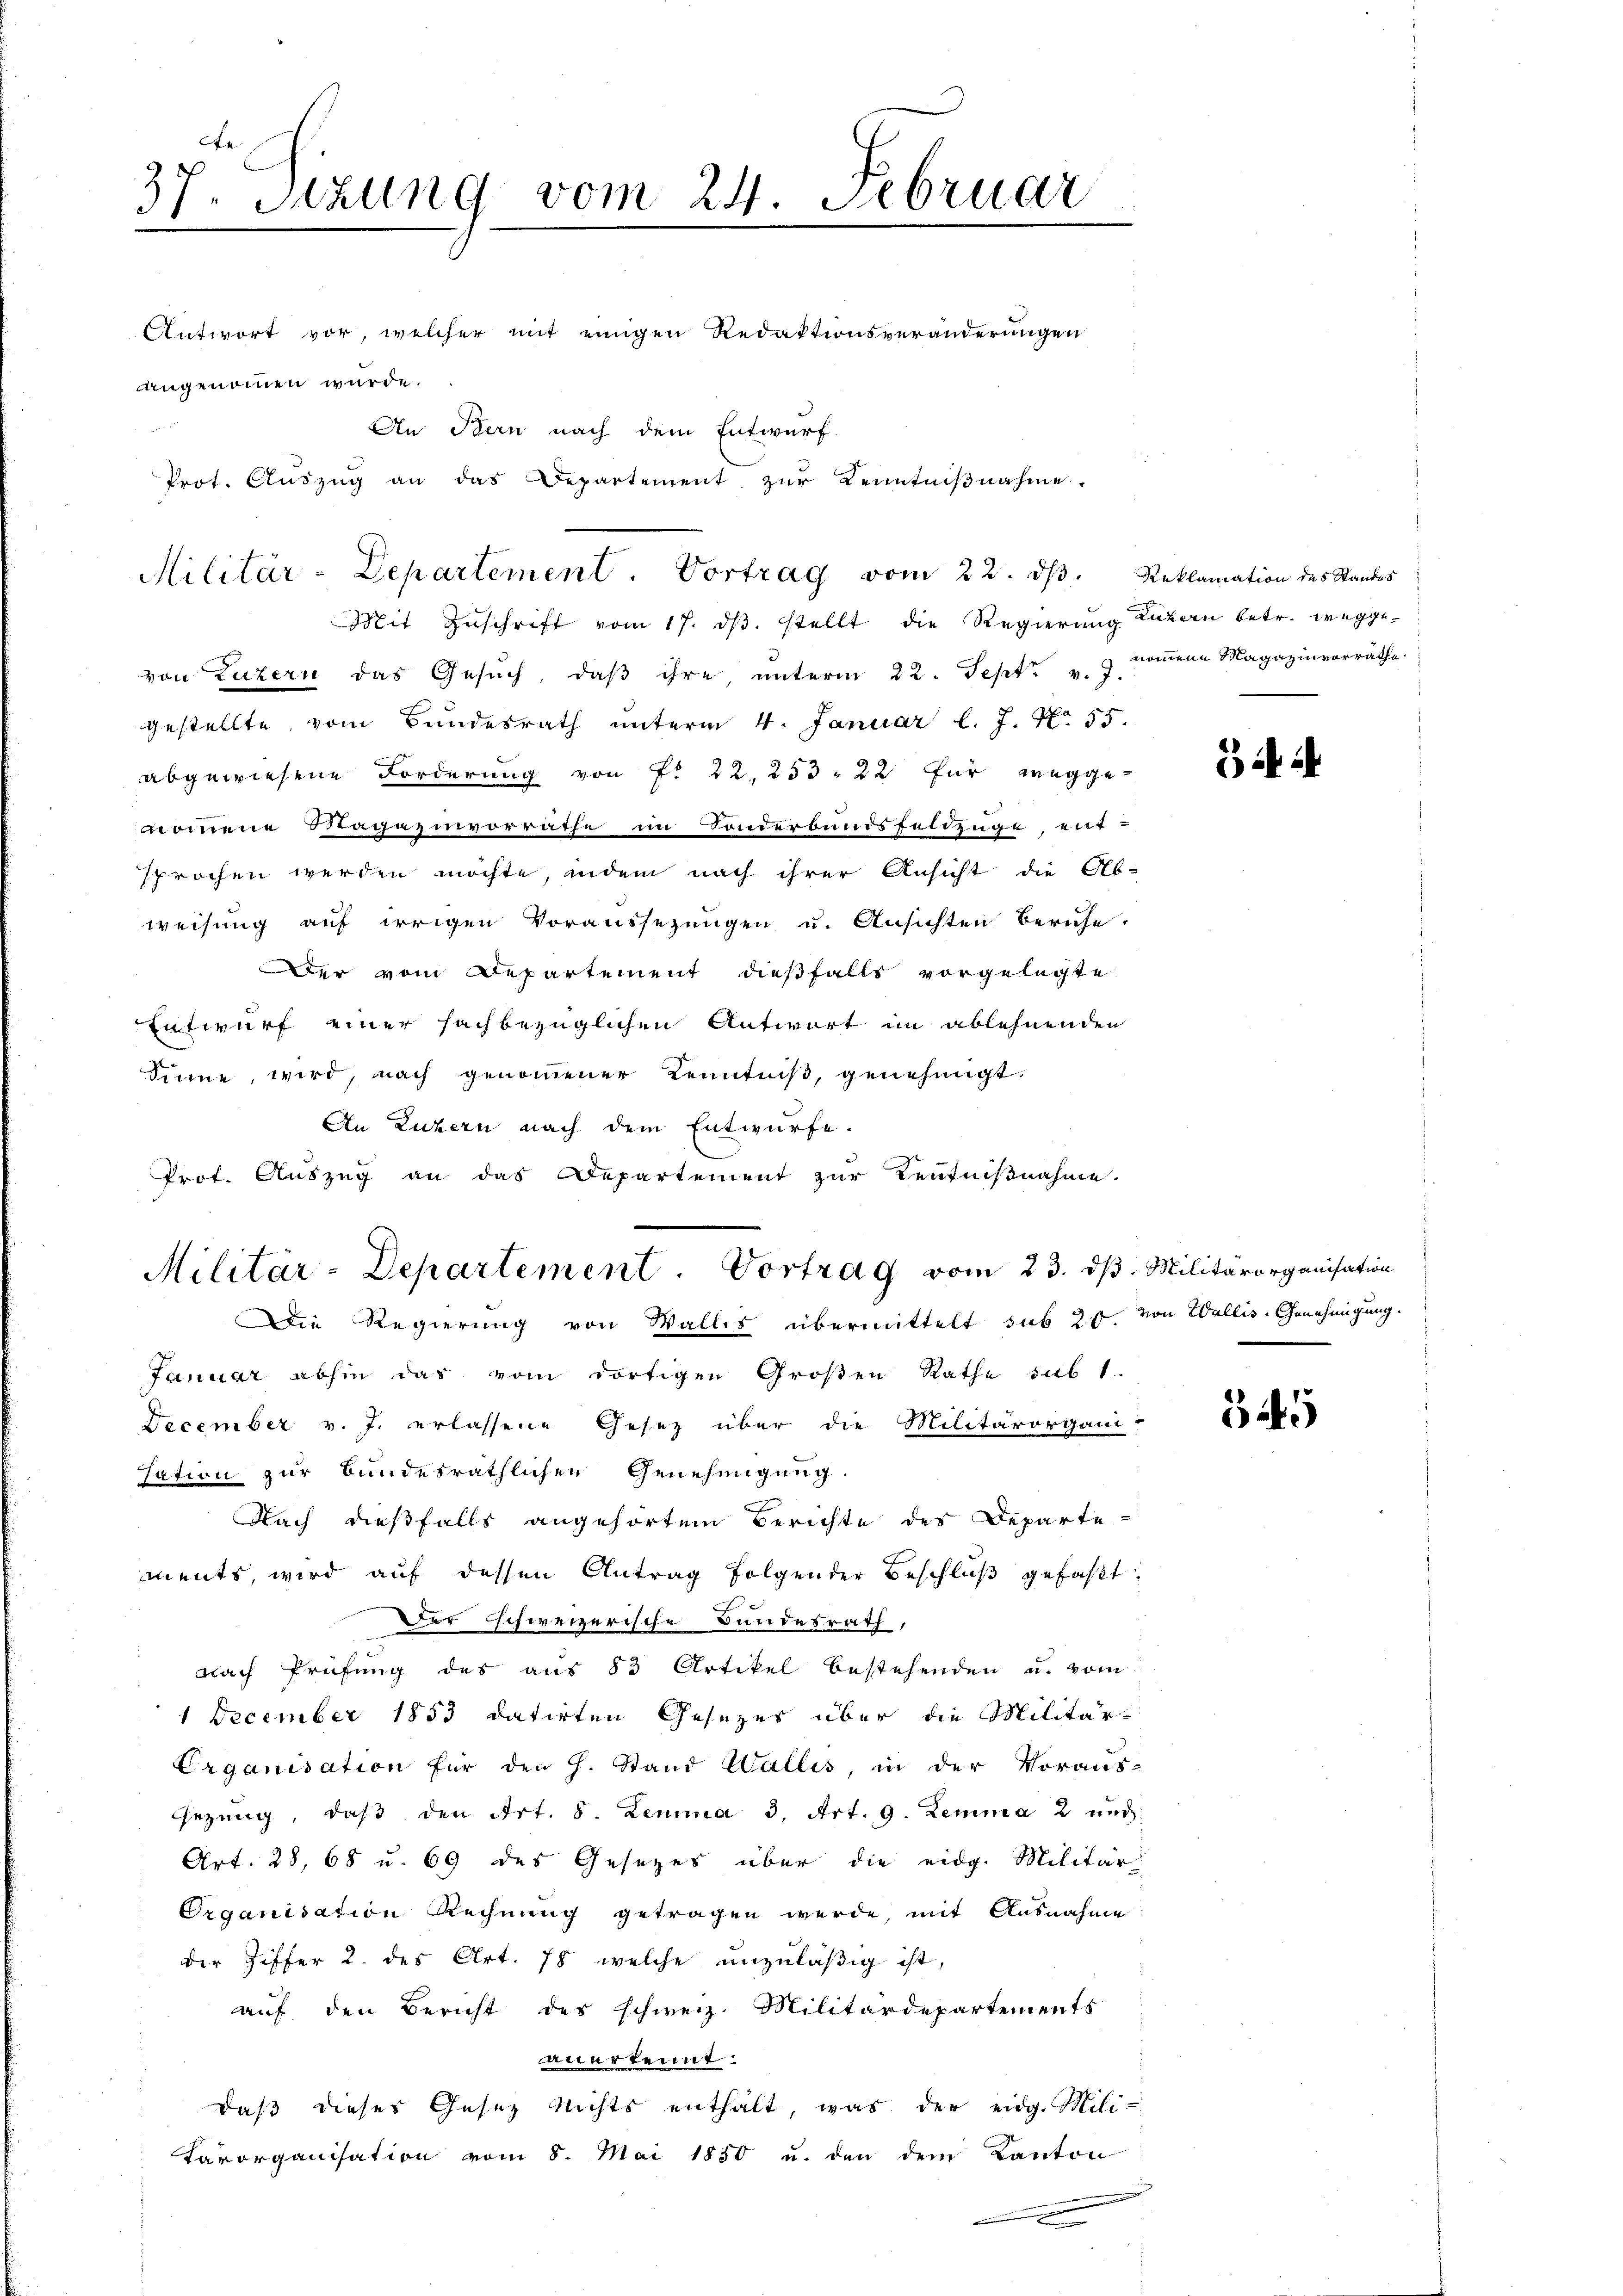
37. Sitzung vom 24. Februar
Antwort vor, welcher mit einigen Redaktionsveränderungen
angenommen würde.

An Stern nach dem Entwurf.
Prot. Aŭszŭg an das Departement zŭr Kenntniβnahme.

von Luzern das Gesŭch, daβ ihre, ŭnterm 22. Sept. v. J. kommene Magazinvorräthe
gestellte, vom Bundesrath unterm 4. Januar l. J. No. 55.
abgewiesene Forderung von fr 22. 253. 22 für wegge
nommene Sagazinvorräthe im Sonderbandsfeldzüge, ent-
sprochen werden möchte, indem nach ihrer Ansicht die Ab-
weisung auf irrigen Voraussezungen u. Ansichten Beruhe.
Der vom Departement dießfalls vorgelegte
Entwurf einer sachbezüglichen Antwort im ablehnenden
Sinne, wird, nach genommener Kenntniß, genehmigt.
An Luzern nach dem Entwurfe.
Prof. Auszug an das Departement zur Kentnißnahme.
Januar abhin das vom dortigen Großen Rathe sub 1.
December v. J. erlassene Gesetz über die Militärorgani-
sation zur Bundesräthlichen Genehmigung.
Nach dießfalls angehörtem Berichte des Departe
ments, wird auf dessen Antrag folgender Beschlŭβ gefaßt:
Der schweizerische Bundesrath,
nach Prüfung des aus 83 Artikel bestehenden u. vom
1 December 1853 datirten Gesezes über die Militär-
Erganisation für den H. Stand Wallis, in der Voraus-
sezung, daβ den Art. 8. Lemma 3. Art. 9. Lemma 2 und
Art. 28, 68 u. 69 des Gesezes über die eidg. Militär
Organisation Rechnung getragen werde, mit Ausnahme
der Ziffer 2. des Art. 78 welche unzuläßig ist,
auf den Bericht des schweiz. Militärdepartements
anerkennt:
daß dieses Gesetz nichts enthalt, was der eidg. Mili¬
Kärorganisation vom 8. Mai 1850 u. den dem Kanton

Militär-Departement. Vortrag vom 22. dβ. Reklamation des Standes
Mit Zuschrift vom 17. dβ. stellt die Regierung Luzern betr. wegge¬

Militär-Departement. Vortrag vom 23. ds. Militärorganisation
Die Regierung von Wallis übermittelt sub 20. von Wallis-Genehmigung.

dil u

545